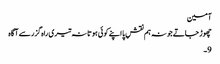
آمین
چھوڑ جاتے جو نہ ہم نقشِ پا اپنے کوئی ہوتا نہ تیری راہ گزر سے آگاہ
9۔